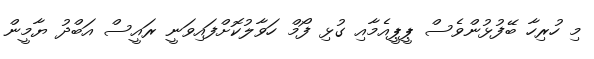
މި ހުރިހާ ބޭފުޅުންވެސް ޕީޕީއެމާއި ގުޅި ފޯމް ހަވާލުކޮށްފައިވަނީ ރައީސް އަބްދު ޔާމީން